Report on plague in the Punjab from October 1st ... to September 30th ..., being the ... season of plague in the province
Disease focus: Plague
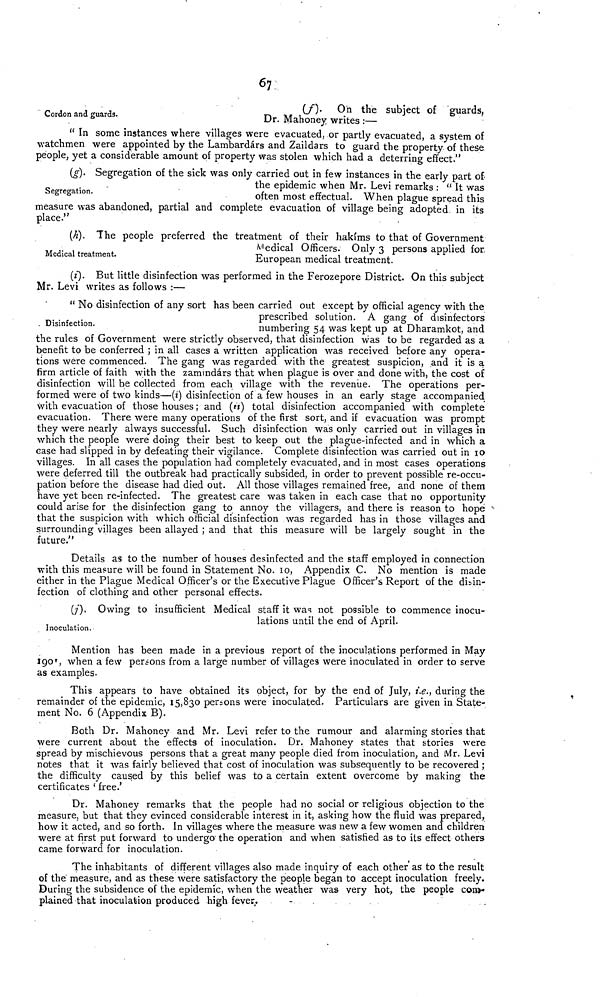
67
Cordon and guards.
(f). On the subject of guards,
Dr. Mahoney writes :—
" In some instances where villages were evacuated, or partly evacuated, a system of
watchmen were appointed by the Lambardárs and Zaildars to guard the property of these
people, yet a considerable amount of property was stolen which had a deterring effect."
Segregation.
(g). Segregation of the sick was only carried out in few instances in the early part of
the epidemic when Mr. Levi remarks : " It was
often most effectual. When plague spread this
measure was abandoned, partial and complete evacuation of village being adopted. in its
place."
Medical treatment.
(h). The people preferred the treatment of their hakims to that of Government
Medical Officers. Only 3 persons applied for.
European medical treatment.
(i). But little disinfection was performed in the Ferozepore District. On this subject
Mr. Levi writes as follows :—
Disinfection.
" No disinfection of any sort has been carried out except by official agency with the
prescribed solution. A gang of disinfectors
numbering 54 was kept up at Dharamkot, and
the rules of Government were strictly observed, that disinfection was to be regarded as a
benefit to be conferred ; in all cases a written application was received before any opera-
tions were commenced. The gang was regarded with the greatest suspicion, and it is a
firm article of faith with the zamindárs that when plague is over and done with, the cost of
disinfection will be collected from each village with the revenue. The operations per-
formed were of two kinds—(i) disinfection of a few houses in an early stage accompanied
with evacuation of those houses; and (") total disinfection accompanied with complete
evacuation. There were many operations of the first sort, and if evacuation was prompt
they were nearly always successful. Such disinfection was only carried out in villages in
which the people were doing their best to keep out the plague-infected and in which a
ease had slipped in by defeating their vigilance. Complete disinfection was carried out in 10
villages. In all cases the population had completely evacuated, and in most cases operations
were deferred till the outbreak had practically subsided, in order to prevent possible re-occu-
pation before the disease had died out. All those villages remained free, and none of them
have yet been re-infected. The greatest care was taken in each case that no opportunity-
could arise for the disinfection gang to annoy the villagers, and there is reason to hope
that the suspicion with which official disinfection was regarded has in those villages and
surrounding villages been allayed ; and that this measure will be largely sought in the
future."
Details as to the number of houses desinfected and the staff employed in connection
with this measure will be found in Statement No. 10, Appendix C. No mention is made
either in the Plague Medical Officer's or the Executive Plague Officer's Report of the disin-
fection of clothing and other Personal effects.
Inoculation.
(j). Owing to insufficient Medical staff it was not possible to commence inocu-
lations until the end of April.
Mention has been made in a previous report of the inoculations performed in May
190', when a few persons from a large number of villages were inoculated in order to serve
as examples.
This appears to have obtained its object, for by the end of July, i.e., during the
remainder of the epidemic, 15,830 persons were inoculated. Particulars are given in State-
ment No. 6 (Appendix B).
Both Dr. Mahoney and Mr. Levi refer to the rumour and alarming stories that
were current about the effects of inoculation. Dr. Mahoney states that stories were
spread by mischievous persons that a great many people died from inoculation, and Mr. Levi
notes that it was fairly believed that cost of inoculation was subsequently to be recovered ;
the difficulty caused by this belief was to a certain extent overcome by making the
certificates ' free.'
Dr. Mahoney remarks that the people had no social or religious objection to the
measure, but that they evinced considerable interest in it, asking how the fluid was prepared,
how it acted, and so forth. In villages where the measure was new a few women and children
were at first put forward to undergo the operation and when satisfied as to its effect others
came forward for inoculation.
The inhabitants of different villages also made inquiry of each other'as to the result
of the measure, and as these were satisfactory the people began to accept inoculation freely.
During the subsidence of the epidemic, when the weather was very hot, the people com-
plained that inoculation produced high fever.